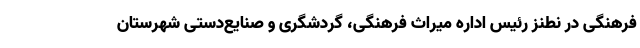
فرهنگی در نطنز رئیس اداره میراث فرهنگی، گردشگری و صنایع‌دستی شهرستان